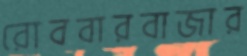
রোববারবাজার